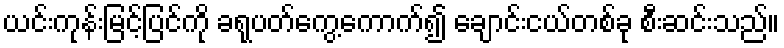
ယင်းကုန်းမြင့်ပြင်ကို ခရုပတ်ကွေ့ကောက်၍ ချောင်းငယ်တစ်ခု စီးဆင်းသည်။